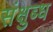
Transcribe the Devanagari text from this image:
संक्षुब्ध